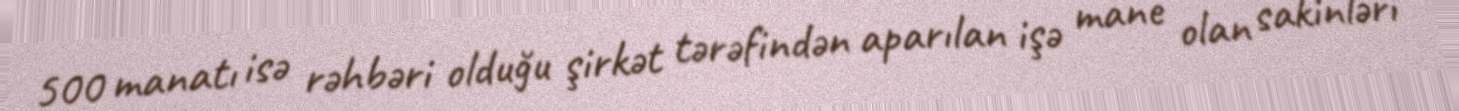
500 manatı isə rəhbəri olduğu şirkət tərəfindən aparılan işə mane olan sakinləri